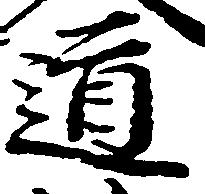
道